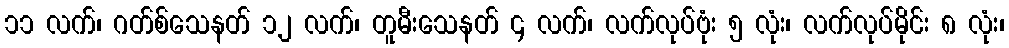
၁၁ လက်၊ ဂတ်စ်သေနတ် ၁၂ လက်၊ တူမီးသေနတ် ၄ လက်၊ လက်လုပ်ဗုံး ၅ လုံး၊ လက်လုပ်မိုင်း ၈ လုံး၊